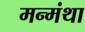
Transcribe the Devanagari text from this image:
मन्मंथा